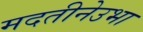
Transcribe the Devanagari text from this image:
मदतीनेउभा